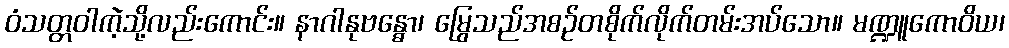
ဝံသတ္တဝါကဲ့သို့လည်းကောင်း။ နာဂါနုဗန္ဓော၊ မြွေသည်အစဉ်တစိုက်လိုက်တမ်းအပ်သော။ မဏ္ဍူကောဝိယ၊